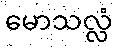
မောသလ္လံ